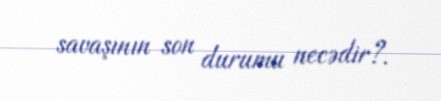
savaşının son durumu necədir?.